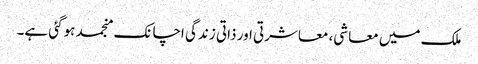
ملک میں معاشی، معاشرتی اور ذاتی زندگی اچانک منجمد ہوگئی ہے۔